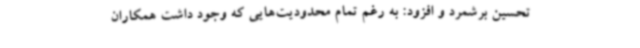
تحسین برشمرد و افزود: به رغم تمام محدودیت‌هایی که وجود داشت همکاران